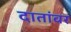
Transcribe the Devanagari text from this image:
दातांवर